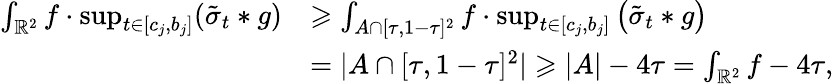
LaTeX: \begin{array}{rl}{\int_{\mathbb{R}^{2}}f\cdot\operatorname*{sup}_{t\in[c_{j},b_{j}]}(\tilde{\sigma}_{t}\ast g)}&{\geqslant\int_{A\cap[\tau,1-\tau]^{2}}f\cdot\operatorname*{sup}_{t\in[c_{j},b_{j}]}\big(\tilde{\sigma}_{t}\ast g\big)}\\ &{=|A\cap[\tau,1-\tau]^{2}|\geqslant|A|-4\tau=\int_{\mathbb{R}^{2}}f-4\tau,}\end{array}